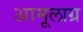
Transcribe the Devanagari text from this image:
अामूलाग्र